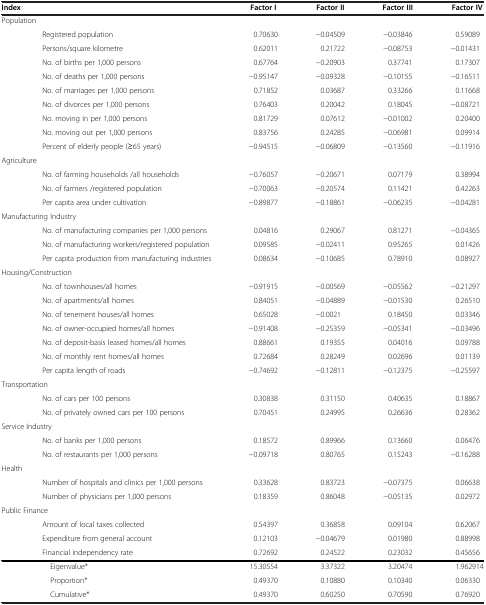
<table><thead><tr><td colspan="2"><b>Index</b></td><td><b>Factor I</b></td><td><b>Factor II</b></td><td><b>Factor III</b></td><td><b>Factor IV</b></td></tr></thead><tbody><tr><td colspan="6">Population</td></tr><tr><td> </td><td>Registered population</td><td>0.70630</td><td>−0.04509</td><td>−0.03846</td><td>0.59089</td></tr><tr><td> </td><td>Persons/square kilometre</td><td>0.62011</td><td>0.21722</td><td>−0.08753</td><td>−0.01431</td></tr><tr><td> </td><td>No. of births per 1,000 persons</td><td>0.67764</td><td>−0.20903</td><td>0.37741</td><td>0.17307</td></tr><tr><td> </td><td>No. of deaths per 1,000 persons</td><td>−0.95147</td><td>−0.09328</td><td>−0.10155</td><td>−0.16511</td></tr><tr><td> </td><td>No. of marriages per 1,000 persons</td><td>0.71852</td><td>0.03687</td><td>0.33266</td><td>0.11668</td></tr><tr><td> </td><td>No. of divorces per 1,000 persons</td><td>0.76403</td><td>0.20042</td><td>0.18045</td><td>−0.08721</td></tr><tr><td> </td><td>No. moving in per 1,000 persons</td><td>0.81729</td><td>0.07612</td><td>−0.01002</td><td>0.20400</td></tr><tr><td> </td><td>No. moving out per 1,000 persons</td><td>0.83756</td><td>0.24285</td><td>−0.06981</td><td>0.09914</td></tr><tr><td> </td><td>Percent of elderly people (≥65 years)</td><td>−0.94515</td><td>−0.06809</td><td>−0.13560</td><td>−0.11916</td></tr><tr><td colspan="6">Agriculture</td></tr><tr><td> </td><td>No. of farming households /all households</td><td>−0.76057</td><td>−0.20671</td><td>0.07179</td><td>0.38994</td></tr><tr><td> </td><td>No. of farmers /registered population</td><td>−0.70063</td><td>−0.20574</td><td>0.11421</td><td>0.42263</td></tr><tr><td> </td><td>Per capita area under cultivation</td><td>−0.89877</td><td>−0.18861</td><td>−0.06235</td><td>−0.04281</td></tr><tr><td colspan="6">Manufacturing Industry</td></tr><tr><td> </td><td>No. of manufacturing companies per 1,000 persons</td><td>0.04816</td><td>0.29067</td><td>0.81271</td><td>−0.04365</td></tr><tr><td> </td><td>No. of manufacturing workers/registered population</td><td>0.09585</td><td>−0.02411</td><td>0.95265</td><td>0.01426</td></tr><tr><td> </td><td>Per capita production from manufacturing industries</td><td>0.08634</td><td>−0.10685</td><td>0.78910</td><td>0.08927</td></tr><tr><td colspan="6">Housing/Construction</td></tr><tr><td> </td><td>No. of townhouses/all homes</td><td>−0.91915</td><td>−0.00569</td><td>−0.05562</td><td>−0.21297</td></tr><tr><td> </td><td>No. of apartments/all homes</td><td>0.84051</td><td>−0.04889</td><td>−0.01530</td><td>0.26510</td></tr><tr><td> </td><td>No. of tenement houses/all homes</td><td>0.65028</td><td>−0.0021</td><td>0.18450</td><td>0.03346</td></tr><tr><td> </td><td>No. of owner-occupied homes/all homes</td><td>−0.91408</td><td>−0.25359</td><td>−0.05341</td><td>−0.03496</td></tr><tr><td> </td><td>No. of deposit-basis leased homes/all homes</td><td>0.88661</td><td>0.19355</td><td>0.04016</td><td>0.09788</td></tr><tr><td> </td><td>No. of monthly rent homes/all homes</td><td>0.72684</td><td>0.28249</td><td>0.02696</td><td>0.01139</td></tr><tr><td> </td><td>Per capita length of roads</td><td>−0.74692</td><td>−0.12811</td><td>−0.12375</td><td>−0.25597</td></tr><tr><td colspan="6">Transportation</td></tr><tr><td> </td><td>No. of cars per 100 persons</td><td>0.30838</td><td>0.31150</td><td>0.40635</td><td>0.18867</td></tr><tr><td> </td><td>No. of privately owned cars per 100 persons</td><td>0.70451</td><td>0.24995</td><td>0.26636</td><td>0.28362</td></tr><tr><td colspan="6">Service Industry</td></tr><tr><td> </td><td>No. of banks per 1,000 persons</td><td>0.18572</td><td>0.89966</td><td>0.13660</td><td>0.06476</td></tr><tr><td> </td><td>No. of restaurants per 1,000 persons</td><td>−0.09718</td><td>0.80765</td><td>0.15243</td><td>−0.16288</td></tr><tr><td colspan="6">Health</td></tr><tr><td> </td><td>Number of hospitals and clinics per 1,000 persons</td><td>0.33628</td><td>0.83723</td><td>−0.07375</td><td>0.06638</td></tr><tr><td> </td><td>Number of physicians per 1,000 persons</td><td>0.18359</td><td>0.86048</td><td>−0.05135</td><td>0.02972</td></tr><tr><td colspan="6">Public Finance</td></tr><tr><td> </td><td>Amount of local taxes collected</td><td>0.54397</td><td>0.36858</td><td>0.09104</td><td>0.62067</td></tr><tr><td> </td><td>Expenditure from general account</td><td>0.12103</td><td>−0.04679</td><td>0.01980</td><td>0.88998</td></tr><tr><td> </td><td>Financial independency rate</td><td>0.72692</td><td>0.24522</td><td>0.23032</td><td>0.45656</td></tr><tr><td> </td><td> Eigenvalue*</td><td>15.30554</td><td>3.37322</td><td>3.20474</td><td>1.962914</td></tr><tr><td> </td><td> Proportion*</td><td>0.49370</td><td>0.10880</td><td>0.10340</td><td>0.06330</td></tr><tr><td> </td><td> Cumulative*</td><td>0.49370</td><td>0.60250</td><td>0.70590</td><td>0.76920</td></tr></tbody></table>